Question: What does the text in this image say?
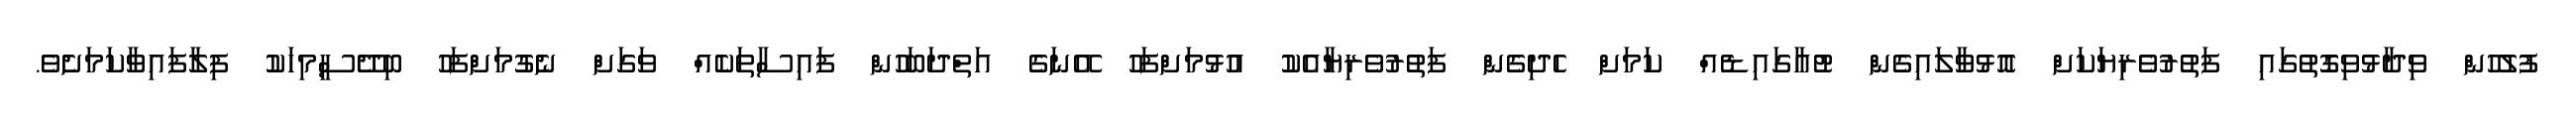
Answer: ފުލުހުން ވިދާޅުވިގޮތުގައި ފަތުރުވެރިޔަކަށް އޮޅުވާލައިގެން ޓުއާގައިޑެއް ކަމަށް ހެދިގެން ފަތުރުވެރިޔާއެކު އުޅުމަށްފަހު އޭނަގެ އަތްދަބަހުން ފައިސާތަކެއް ވަގަށް ނެގުމަށްފަހު ބިދޭސީމިހަކު ފިލާފައިވާކަމަށެވެ.